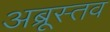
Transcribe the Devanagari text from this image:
अब्रूस्तव